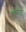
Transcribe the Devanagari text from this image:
कुंबला